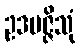
ဥဒပဇ္ဇိသုံ